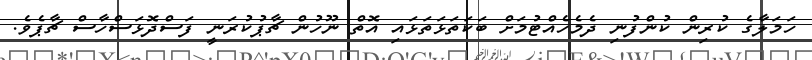
ހަމަލާގެ ކުރިން ކުންފުނި ދެމެހެއްޓުމަށް ބަކަތަޅަތަޅައި އޮތް ނޫހުން ޗާޕުކުރަނީ ފަސްދޮޅަސްހާސް ޗާޕެވެ.